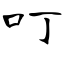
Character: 叮